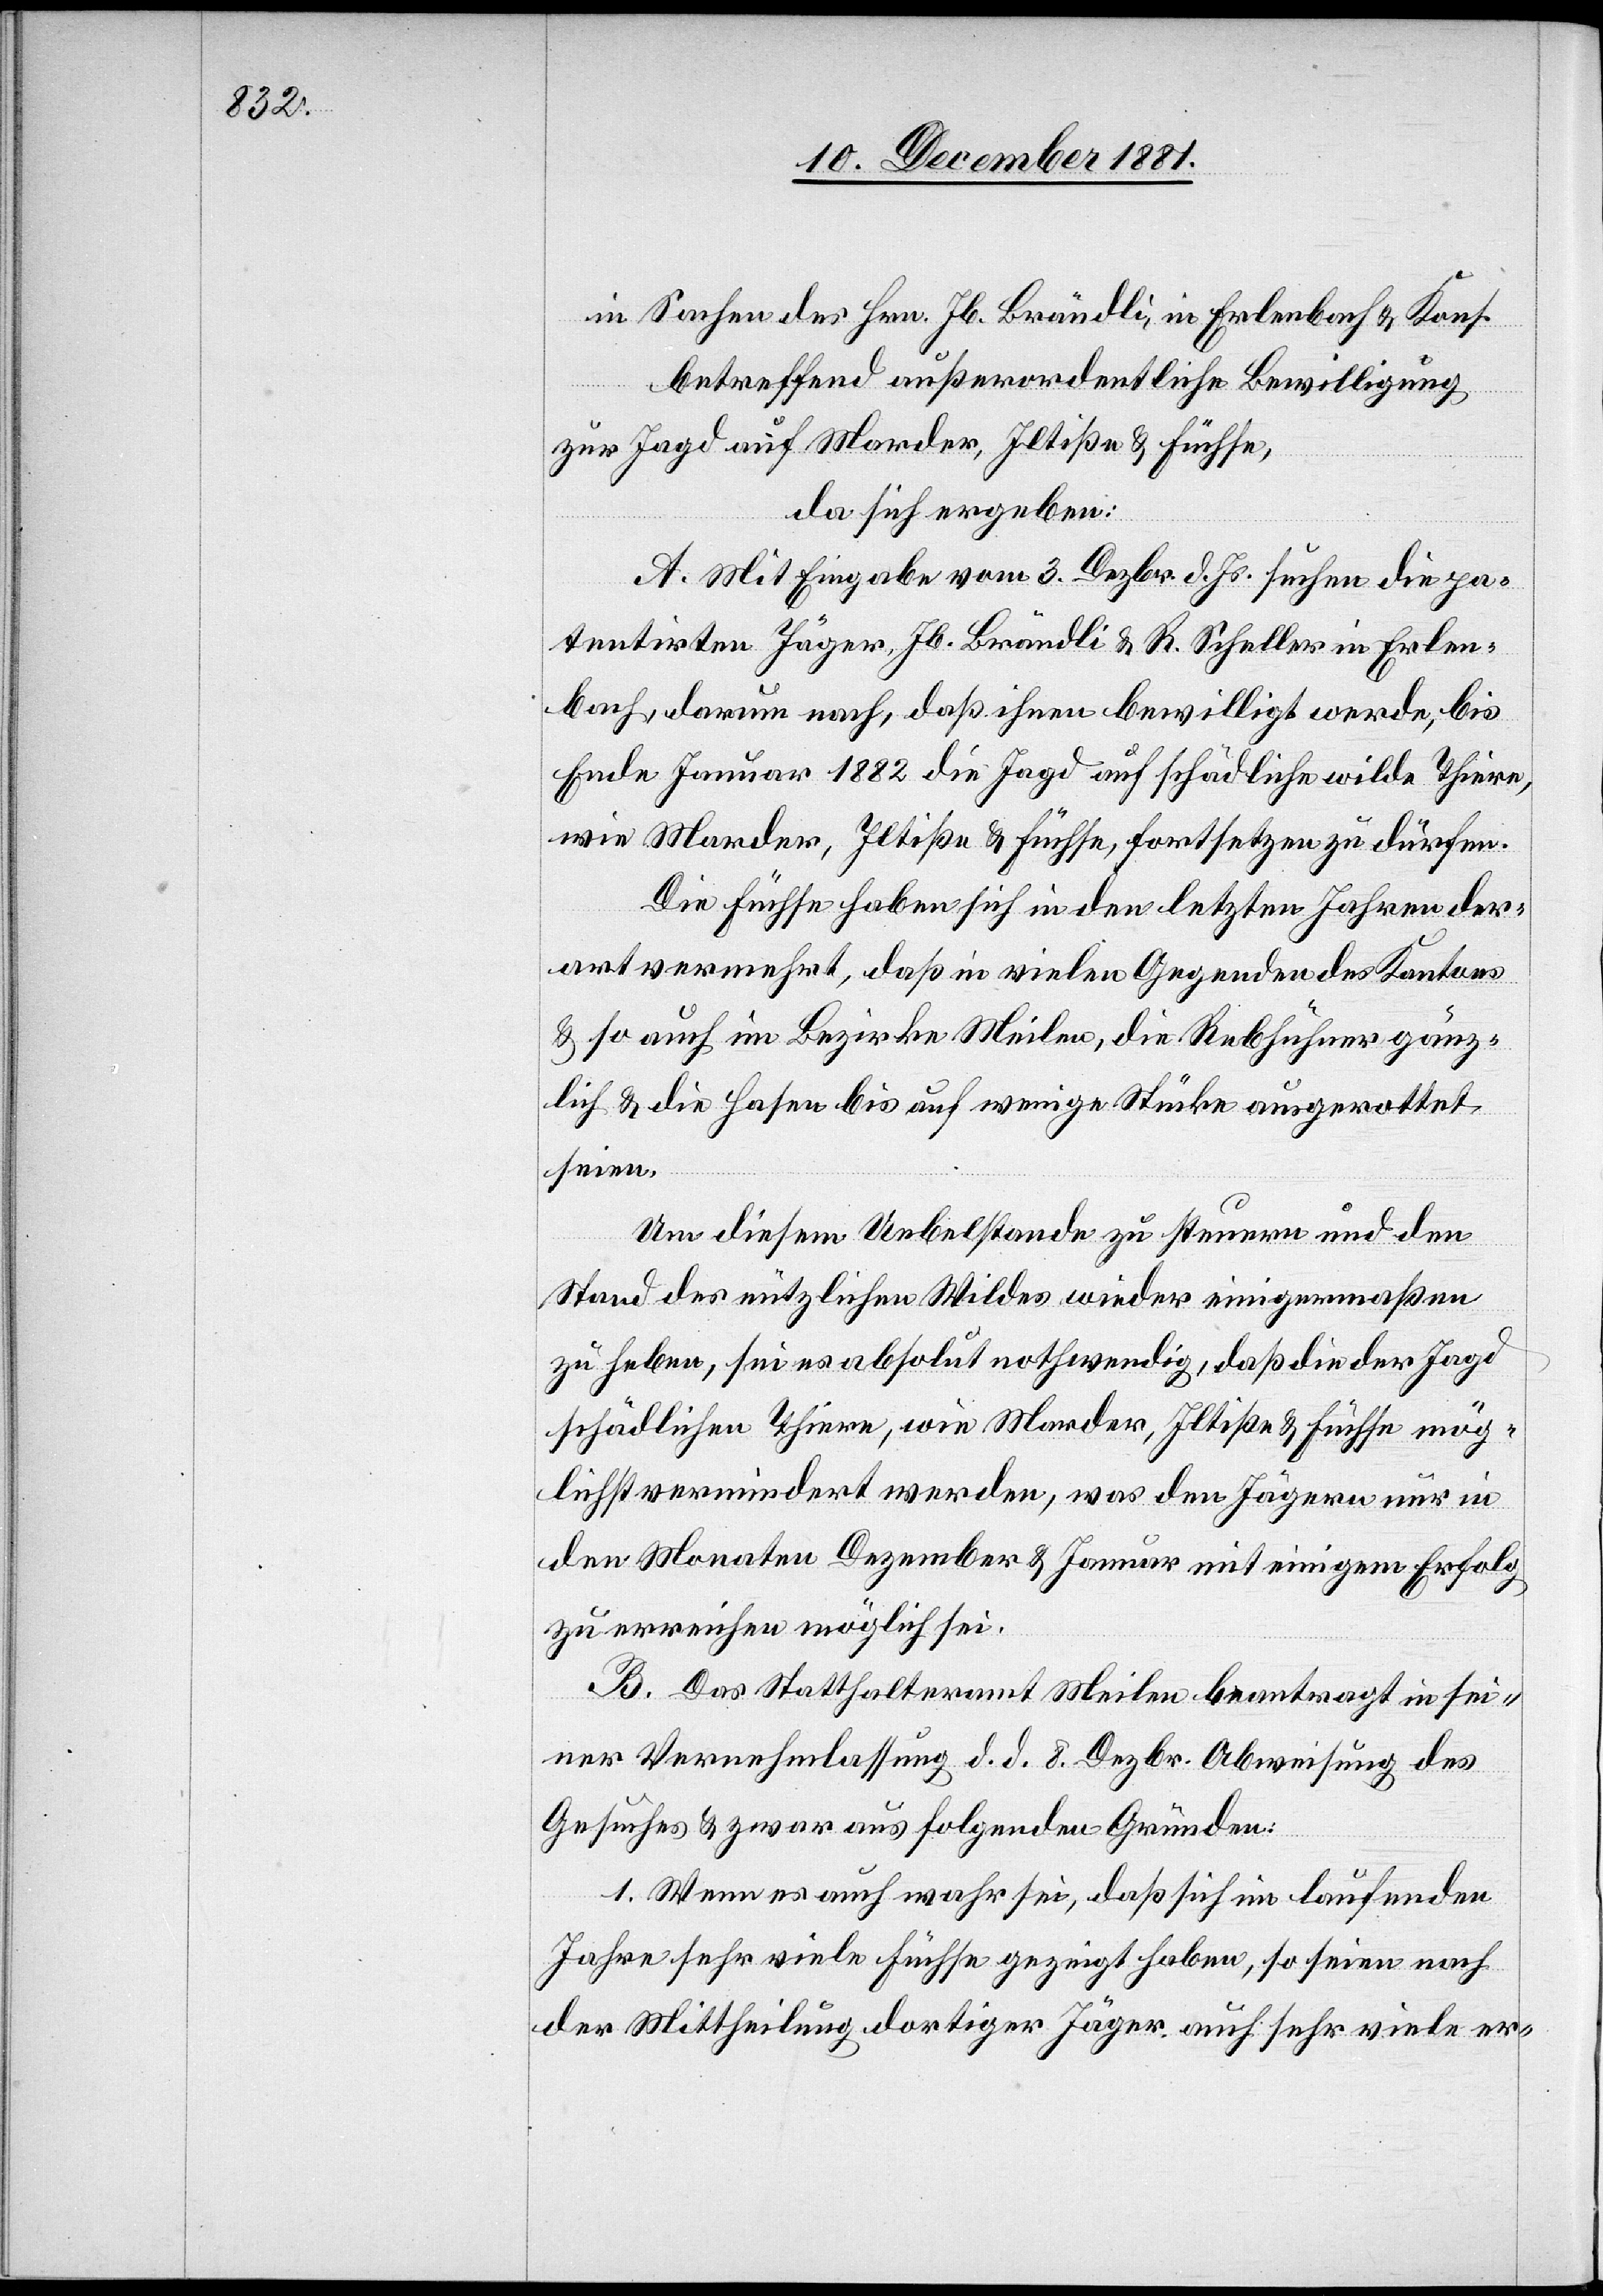
in Sachen des Hrn. Jb. Brändli, in Erlenbach & Kons.
betreffend außerordentliche Bewilligung
zur Jagd auf Marder, Iltiße & Füchse,
da sich ergeben:
A. Mit Eingabe vom 3. Dezbr. d. Js. suchen die pa¬
tentirten Jäger, Jb. Brändli & R. Scheller in Erlen¬
bach, darum nach, daß ihnen bewilligt werde, bis
Ende Januar 1882 die Jagd auf schädliche wilde Thiere,
wie Marder, Iltiße & Füchse, fortsetzen zu dürfen.
Die Füchse haben sich in den letzten Jahren der¬
art vermehrt, daß in vielen Gegenden des Kantons
& so auch im Bezirke Meilen, die Rebhühner gänz¬
lich & die Hasen bis auf wenige Stücke ausgerottet
seien.
Um diesem [sic!] Uebelstande zu steuern und den
Stand des nützlichen Wildes wieder einigermaßen
zu heben, sei es absolut nothwendig, daß die der Jagd
schädlichen Thiere, wie Marder, Iltiße & Füchse mög¬
lichst vermindert werden, was den Jägern nur in
den Monaten Dezember & Januar mit einigem Erfolg
zu erreichen möglich sei.
B. Das Statthalteramt Meilen beantragt in sei¬
ner Vernehmlassung d. d. 8. Dezbr. Abweisung des
Gesuches & zwar aus folgenden Gründen:
1. Wenn es auch wahr sei, daß sich im laufenden
Jahre sehr viele Füchse gezeigt haben, so seien nach
der Mittheilung dortiger Jäger auch sehr viele er-